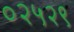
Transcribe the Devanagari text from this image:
०२५२९